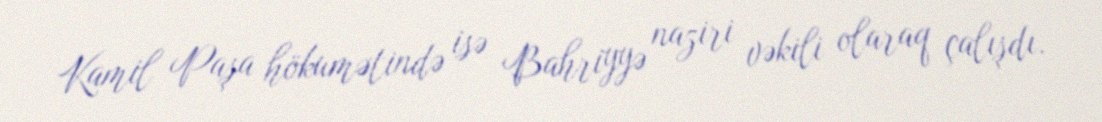
Kamil Paşa hökumətində isə Bahriyyə naziri vəkili olaraq çalışdı.